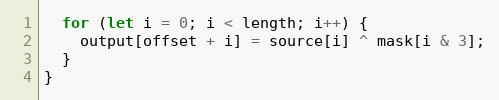
Language: JavaScript
  for (let i = 0; i < length; i++) {
    output[offset + i] = source[i] ^ mask[i & 3];
  }
}